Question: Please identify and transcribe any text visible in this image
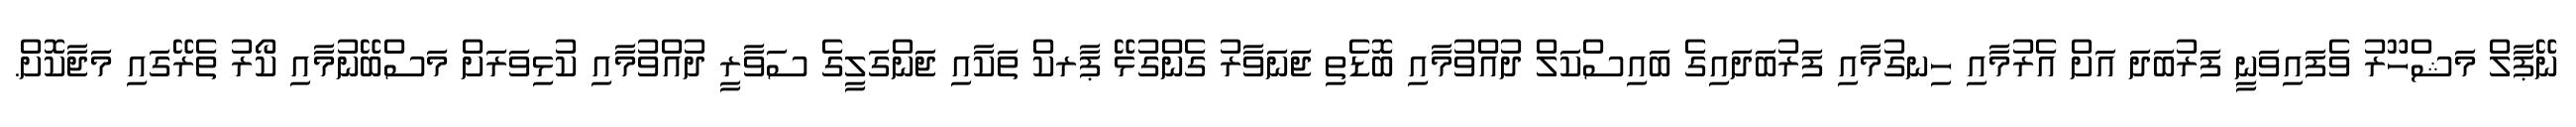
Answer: ނޭޕާލް މަޝްހޫރު ވެފައިވަނީ ފަރުބަދަ އަށް އެރުމާއި ހިނގުމާއި ފަރުބަދައިގެ ބައިސްކަލް ދުއްވުމާއި ބޮޑެތި ޖަނަވާރު ގެންގުޅޭ ޕާރކް ތަކާއި ޖަންގަލީގެ ސަވާރީ ދުއްވުމާއި ކުޅިވަރަށް މަސްބޭނުމާއި ކޯރު ތެރޭގައި މަޖާކޮށް.